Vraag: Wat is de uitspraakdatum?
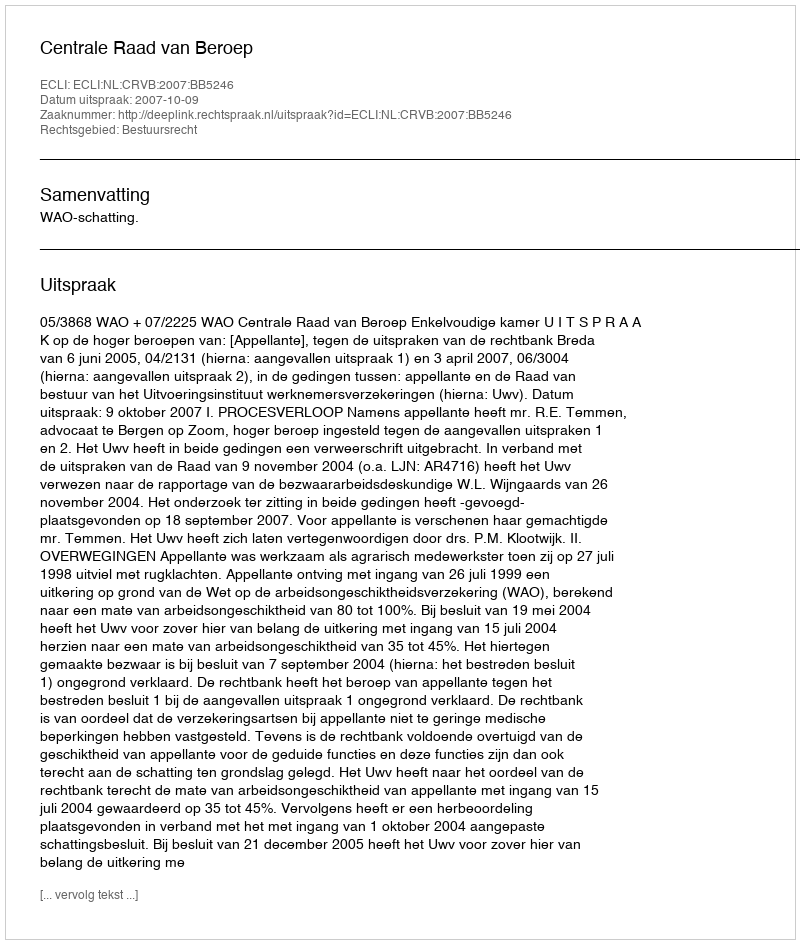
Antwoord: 2007-10-09